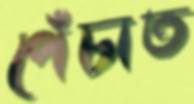
পেঁচাত